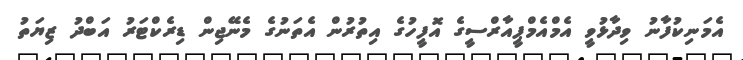
އެމަނިކުފާނު ވިދާޅުވީ އެމްއެމްޕީއާރްސީގެ އޮފީހުގެ އިތުރުން އެތަނުގެ މެނޭޖިން ޑިރެކްޓަރު އަބްދު ޒިޔަތު